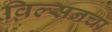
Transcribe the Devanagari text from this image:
विल्सनचा